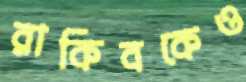
রাকিবকেও